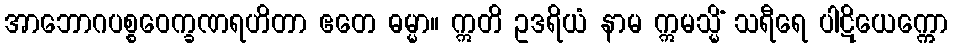
အာဘောဂပစ္စဝေက္ခဏရဟိတာ ဧတေ ဓမ္မာ။ ဣတိ ဥဒရိယံ နာမ ဣမသ္မိံ သရီရေ ပါဋိယေက္ကော